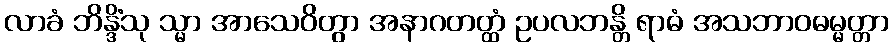
လာခံ ဘိန္ဒိံသု သ္မာ အာသေဝိတွာ အနာဂတတ္ထံ ဥပလဘန္တိ ရာဓံ အသဘာဝဓမ္မတ္တာ